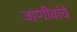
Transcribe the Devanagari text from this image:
जाणीवांचे